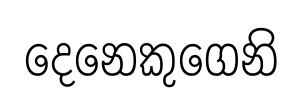
දෙනෙකුගෙනි